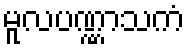
မူလပဏ္ဏာသကံ